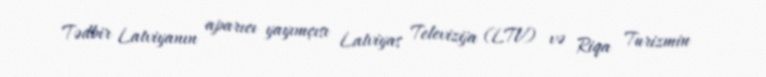
Tədbir Latviyanın aparıcı yayımçısı Latviyas Televizija (LTV) və Riqa Turizmin